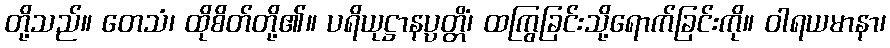
တို့သည်။ တေသံ၊ ထိုစိတ်တို့၏။ ပရိယုဋ္ဌာနပ္ပတ္တိံ၊ ထကြွခြင်းသို့ရောက်ခြင်းကို။ ဝါရယမာနာ၊